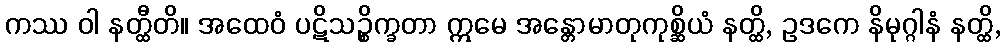
ကဿ ဝါ နတ္ထီတိ။ အထေဝံ ပဋိသဉ္စိက္ခတာ ဣမေ အန္တောမာတုကုစ္ဆိယံ နတ္ထိ, ဥဒကေ နိမုဂ္ဂါနံ နတ္ထိ,